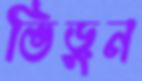
ভিড়ুন